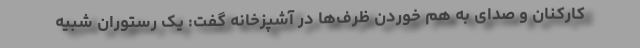
کارکنان و صدای به هم خوردن ظرف‌ها در آشپزخانه گفت: یک رستوران شبیه